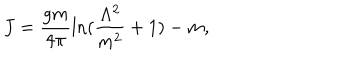
LaTeX: J = \frac { g m } { 4 \pi } \mathrm { l n } ( \frac { \Lambda ^ { 2 } } { m ^ { 2 } } + 1 ) - m ,